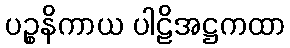
ပဉ္စနိကာယ ပါဠိအဋ္ဌကထာ